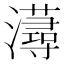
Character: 𤃂